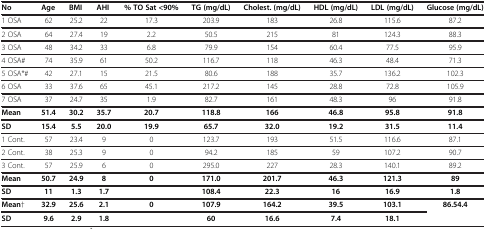
| No | Age | BMI | AHI | % TO Sat <90% | TG (mg/dL) | Cholest. (mg/dL) | HDL (mg/dL) | LDL (mg/dL) | Glucose (mg/dL) |
 | --- | --- | --- | --- | --- | --- | --- | --- | --- | --- |
 | 1 OSA | 62 | 25.2 | 22 | 17.3 | 203.9 | 183 | 26.8 | 115.6 | 87.2 |
 | 2 OSA | 64 | 27.4 | 19 | 2.2 | 50.5 | 215 | 81 | 124.3 | 88.3 |
 | 3 OSA | 48 | 34.2 | 33 | 6.8 | 79.9 | 154 | 60.4 | 77.5 | 95.9 |
 | 4 OSA# | 74 | 35.9 | 61 | 50.2 | 116.7 | 118 | 46.3 | 48.4 | 71.3 |
 | 5 OSA*# | 42 | 27.1 | 15 | 21.5 | 80.6 | 188 | 35.7 | 136.2 | 102.3 |
 | 6 OSA | 33 | 37.6 | 65 | 45.1 | 217.2 | 145 | 28.8 | 72.8 | 105.9 |
 | 7 OSA | 37 | 24.7 | 35 | 1.9 | 82.7 | 161 | 48.3 | 96 | 91.8 |
 | Mean | 51.4 | 30.2 | 35.7 | 20.7 | 118.8 | 166 | 46.8 | 95.8 | 91.8 |
 | SD | 15.4 | 5.5 | 20.0 | 19.9 | 65.7 | 32.0 | 19.2 | 31.5 | 11.4 |
 | 1 Cont. | 57 | 23.4 | 9 | 0 | 123.7 | 193 | 51.5 | 116.6 | 87.1 |
 | 2 Cont. | 38 | 25.3 | 9 | 0 | 94.2 | 185 | 59 | 107.2 | 90.7 |
 | 3 Cont. | 57 | 25.9 | 6 | 0 | 295.0 | 227 | 28.3 | 140.1 | 89.2 |
 | Mean | 50.7 | 24.9 | 8 | 0 | 171.0 | 201.7 | 46.3 | 121.3 | 89 |
 | SD | 11 | 1.3 | 1.7 |  | 108.4 | 22.3 | 16 | 16.9 | 1.8 |
 | Mean† | 32.9 | 25.6 | 2.1 | 0 | 107.9 | 164.2 | 39.5 | 103.1 | <ROWSPAN=2> 86.54.4 |
 | SD | 9.6 | 2.9 | 1.8 |  | 60 | 16.6 | 7.4 | 18.1 |